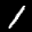
Label: 1